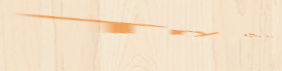
Try Our Pizza